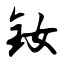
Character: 钕